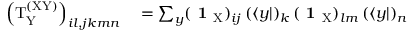
\begin{array} { r l } { \left( \mathrm { T } _ { \mathrm { Y } } ^ { \mathrm { ( X Y ) } } \right) _ { i l , j k m n } } & { { } = \sum _ { y } ( \textbf { 1 } _ { \mathrm { X } } ) _ { i j } \, ( \langle y | ) _ { k } \, ( \textbf { 1 } _ { \mathrm { X } } ) _ { l m } \, ( \langle y | ) _ { n } } \end{array}